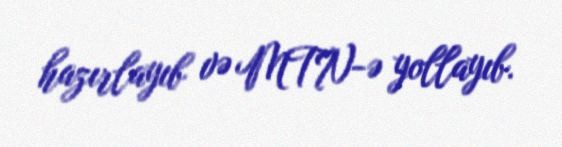
hazırlayıb və MTN-ə yollayıb.